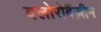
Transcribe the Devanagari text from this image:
क्लोरोबैंज़ीन